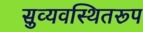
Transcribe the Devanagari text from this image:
सुव्यवस्थितरूप